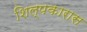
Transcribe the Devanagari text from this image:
शिल्पकारास